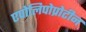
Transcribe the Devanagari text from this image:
एपोलिपोप्रोटीन